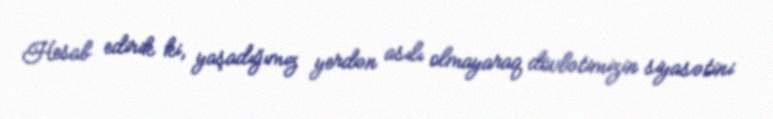
Hesab edirik ki, yaşadığımız yerdən asılı olmayaraq dövlətimizin siyasətini